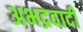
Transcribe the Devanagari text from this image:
अभद्रवादी